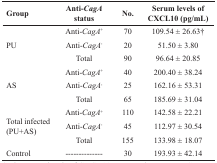
<table><thead><tr><td><b>Group</b></td><td><b>Anti-<i>CagA</i> status</b></td><td><b>No.</b></td><td><b>Serum levels of CXCL10 (pg/mL)</b></td></tr></thead><tbody><tr><td rowspan="3">PU</td><td>Anti-<i>CagA</i><sup>+</sup></td><td>70</td><td>109.54 ± 26.63†</td></tr><tr><td>Anti-<i>CagA</i><sup>-</sup></td><td>20</td><td>51.50 ± 3.80</td></tr><tr><td>Total</td><td>90</td><td>96.64 ± 20.85</td></tr><tr><td rowspan="3">AS</td><td>Anti-<i>CagA</i><sup>+</sup></td><td>40</td><td>200.40 ± 38.24</td></tr><tr><td>Anti-<i>CagA</i><sup>-</sup></td><td>25</td><td>162.16 ± 53.31</td></tr><tr><td>Total</td><td>65</td><td>185.69 ± 31.04</td></tr><tr><td rowspan="3">Total infected (PU + AS)</td><td>Anti-<i>CagA</i><sup>+</sup></td><td>110</td><td>142.58 ± 22.21</td></tr><tr><td>Anti-<i>CagA</i><sup>-</sup></td><td>45</td><td>112.97 ± 30.54</td></tr><tr><td>Total</td><td>155</td><td>133.98 ± 18.07</td></tr><tr><td>Control</td><td>--------------</td><td>30</td><td>193.93 ± 42.14</td></tr></tbody></table>